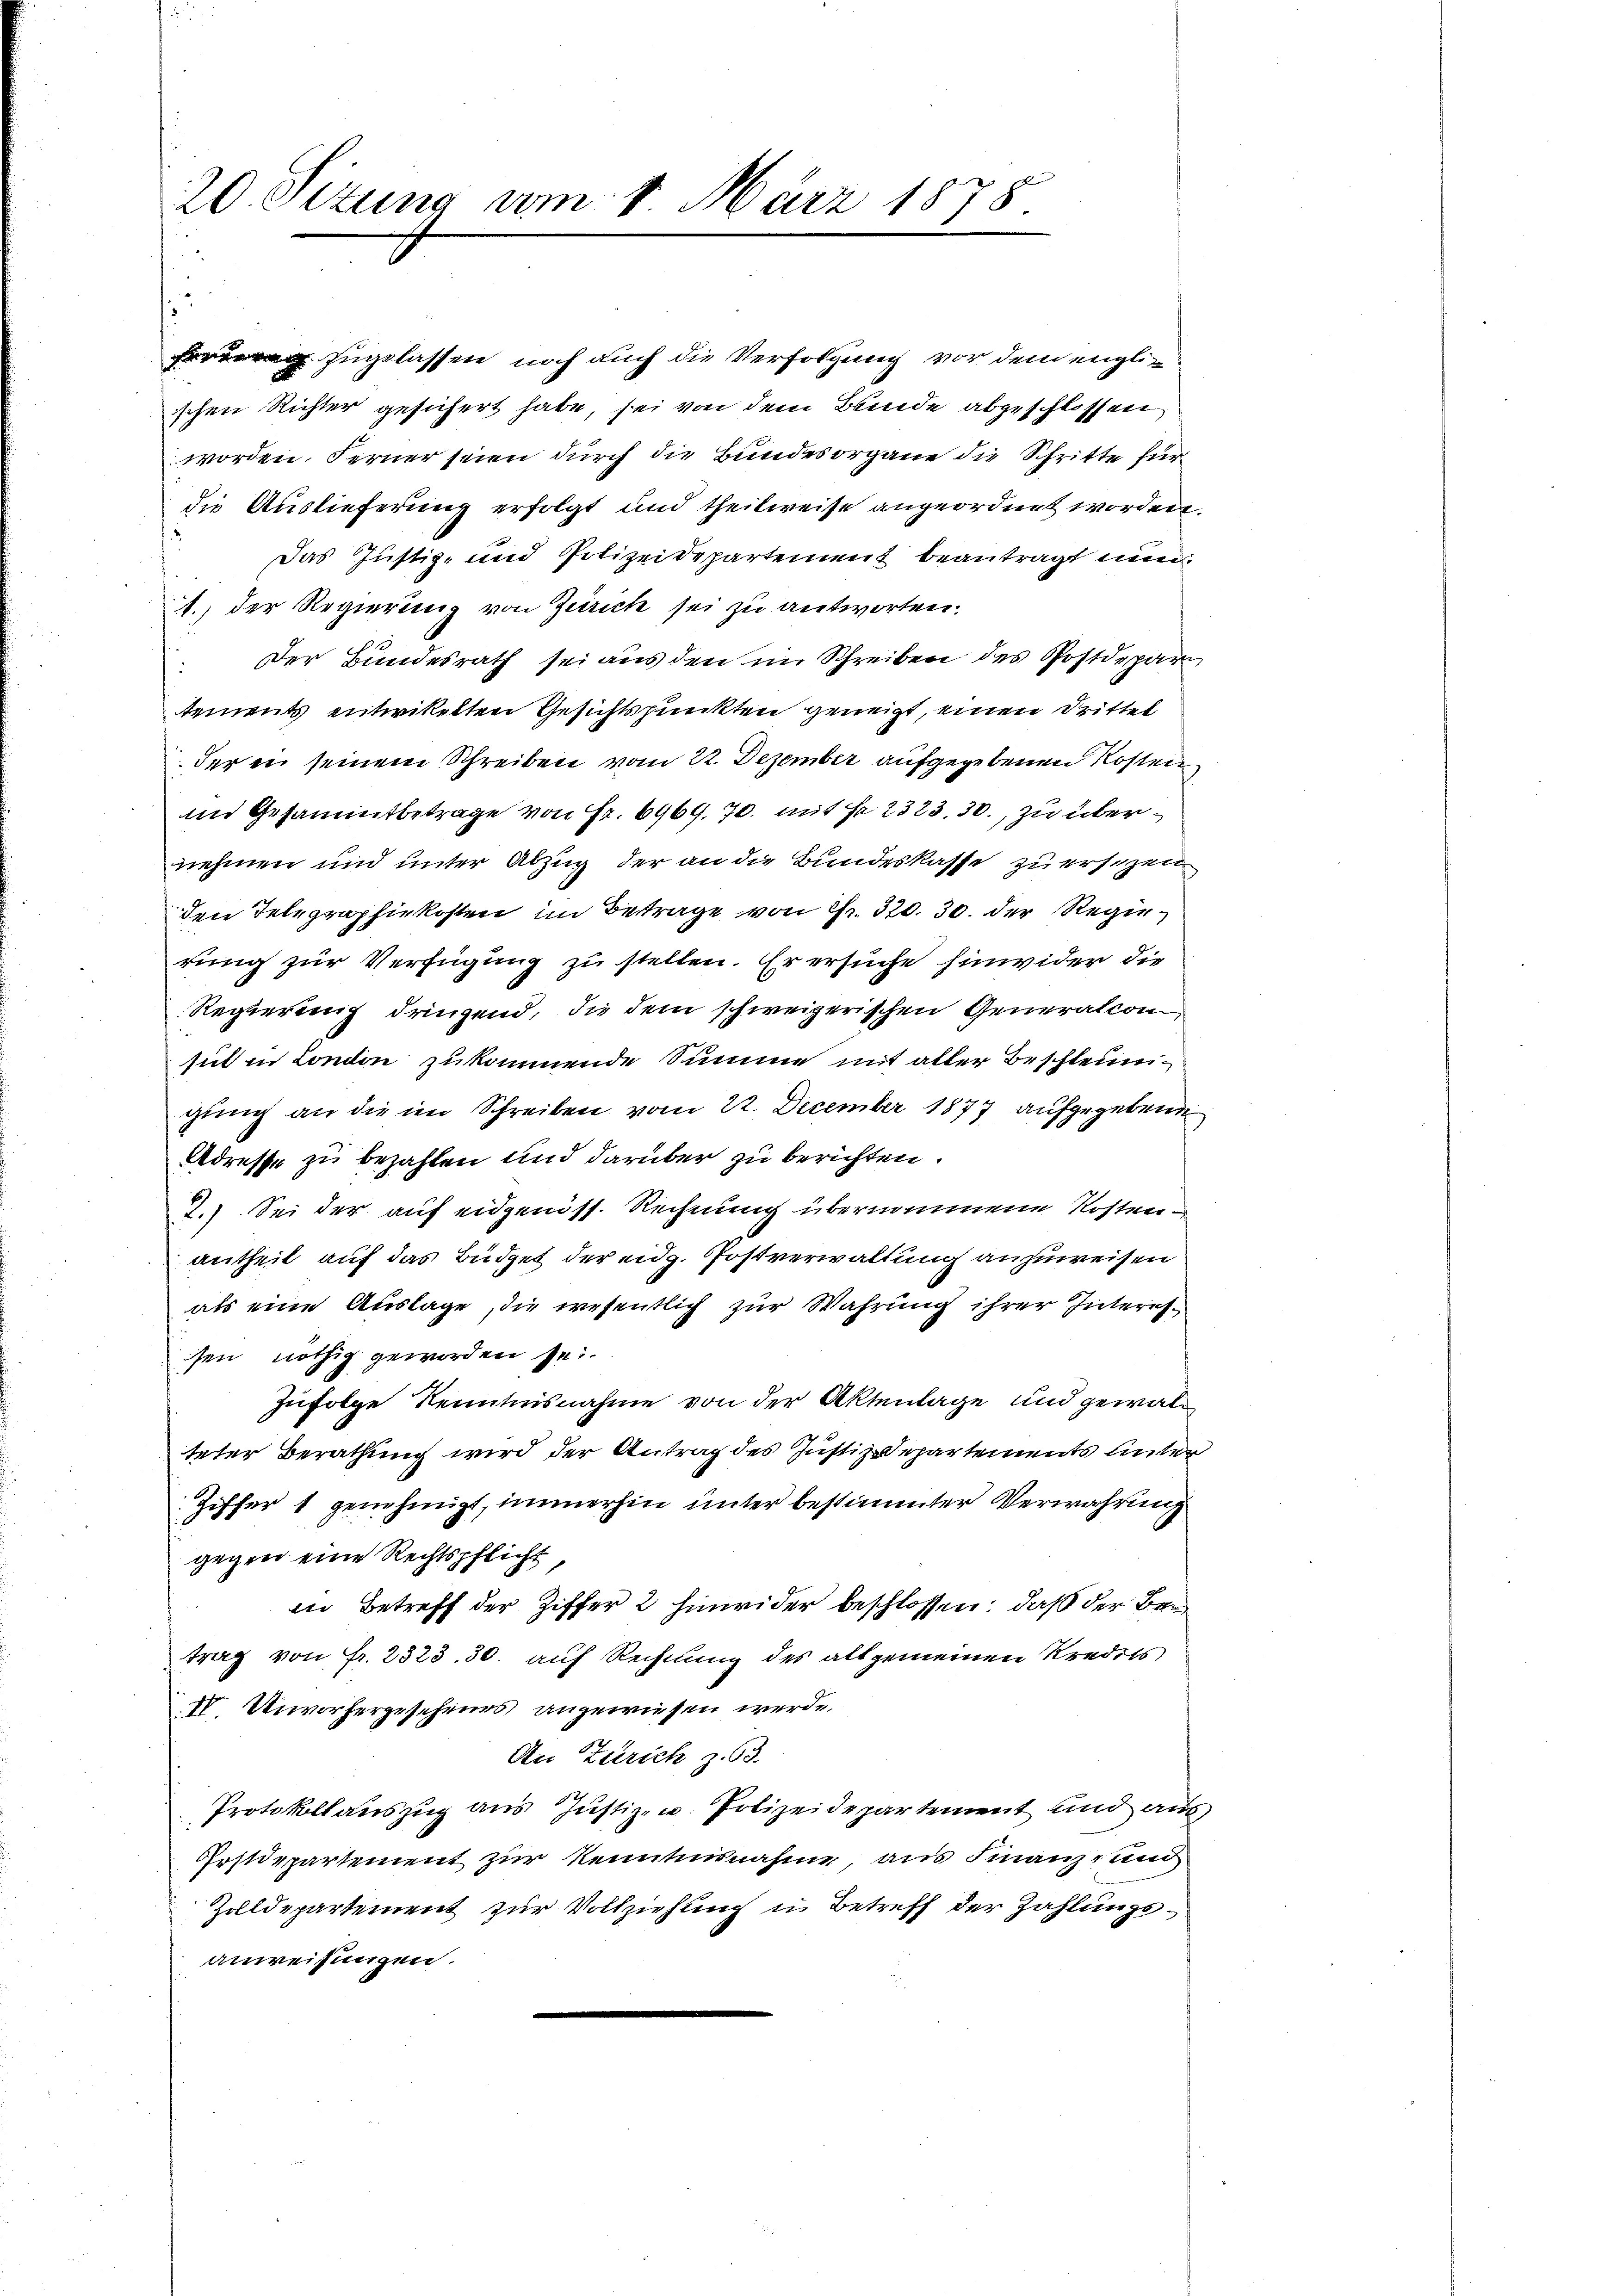
20. Sizung am 1. März 1878

Der Bundesrath sei aus den im Schreiben des Postdepartements entwickelten Gesichtspunkten geneigt, einen Drittel
der in seinem Schreiben vom 22. Dezember aufgegebenen Kosten
im Gesammtbetrage von Fr. 6969, 70. mit Fr. 2323,30., zu übernehmen und unter Abzug der an die Bundeskasse zu ersezen
den Telegraphirkosten im Betrage von 2fr. 320. 30. der Regierung zur Verfügung zu stellen. Er ersuche hinwider die
Regierung dringend, die dem schweizerischen Generalcon
sich in London zukommende Summe mit aller Beschleunigung an die im Schreiben vom 22. December 1877 aufgegebene
Adresse zu bezahlen und darüber zu berichten.
2.) Sei der auf eidgenöss. Rechnung übernommene Kostenantheil auf das Büdget der eidg. Postverwaltung anzuweisen
als eine Auslage, die wesentlich zur Wahrung ihrer Interessen nöthig geworden sei.
Zufolge Kenntnisnahme von der Aktenlage und gewalteter Berathung wird der Antrag des Justiz-Departements hinter
Ziffer 1 genehmigt, immerhin unter bestimmter Verwahrung
gegen eine Rechtspflicht
in Betreff der Ziffer 2 hinwider beschlossen, daß der Betrag von Fr. 2323. 30. auf Rechnung des allgemeinen Kredits
IV. Unvorhergeschenes angewiesen werde.
An Zürich z. 63.
Protokollauszug aus Justiz- u Polizeidepartement und aus
Postdepartement zur Kenntnisnahme, aus Finanz- und
Zolldepartement zur Vollziehung u Betreff der Zahlungsanweisungen.

hingelassen noch auch die Verfolgung vor dem englischen Richter gesichert habe, sei von dem Bunde abgeschlossen
worden. Ferner seien durch die Bundesorgane die Schritte fürdie Auslieferung erfolgt und theilweise angeordnet worden.
Das Justiz- und Polizeidepartement beantragt nun
1. Der Regierung von Zürich sei zu antworten.